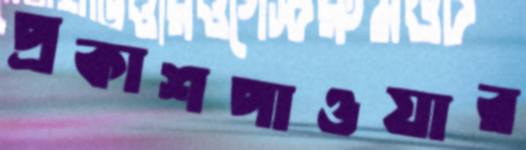
প্রকাশপাওয়ার